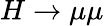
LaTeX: H\rightarrow\mu\mu